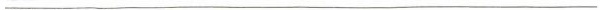
___